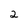
Character: 2